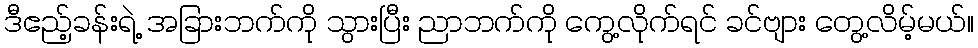
ဒီဧည့်ခန်းရဲ့ အခြားဘက်ကို သွားပြီး ညာဘက်ကို ကွေ့လိုက်ရင် ခင်ဗျား တွေ့လိမ့်မယ်။